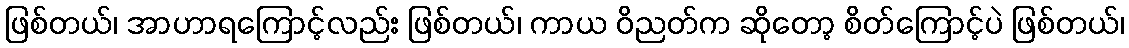
ဖြစ်တယ်၊ အာဟာရကြောင့်လည်း ဖြစ်တယ်၊ ကာယ ဝိညတ်က ဆိုတော့ စိတ်ကြောင့်ပဲ ဖြစ်တယ်၊